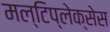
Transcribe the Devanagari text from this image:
मल्टिप्लेक्सेस